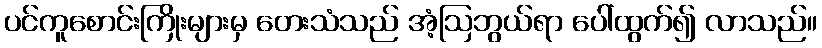
ပင်ကူစောင်းကြိုးများမှ တေးသံသည် အံ့ဩဘွယ်ရာ ပေါ်ထွက်၍ လာသည်။